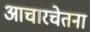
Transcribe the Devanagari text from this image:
आचारचेतना